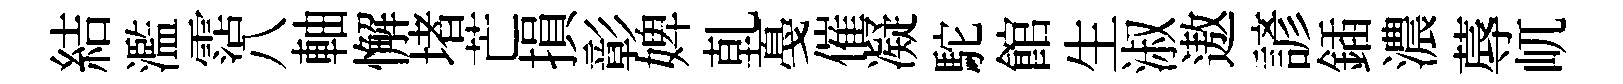
結濫霑八軸懈堵芒損彰婢乹戞催凝駝館生淑遨諺鍤濃蓐屼